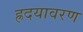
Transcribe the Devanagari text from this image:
ह्रदयावरण